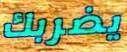
يضربك